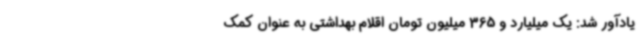
یادآور شد: یک میلیارد و 365 میلیون تومان اقلام بهداشتی به عنوان کمک